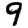
Digit: 9